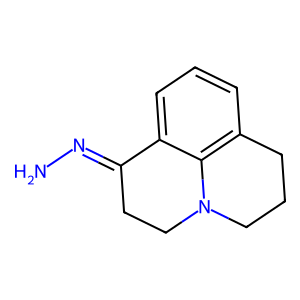
SMILES: NN=C1CCN2CCCc3cccc1c32
Inhibits HIV replication: No